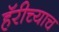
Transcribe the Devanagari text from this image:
हॅरीच्याच